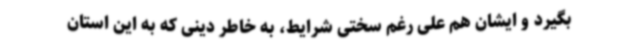
بگیرد و ایشان هم علی رغم سختی شرایط، به خاطر دینی که به این استان